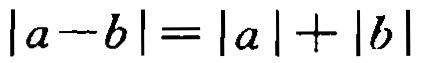
\(|a - b| = |a| + |b|\)